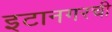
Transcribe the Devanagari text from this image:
इटानगरची